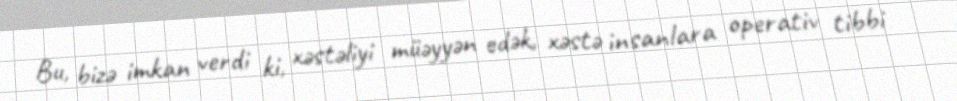
Bu, bizə imkan verdi ki, xəstəliyi müəyyən edək, xəstə insanlara operativ tibbi